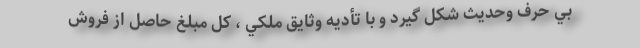
بي حرف وحديث شكل گيرد و با تأديه وثايق ملكي ، كل مبلغ حاصل از فروش